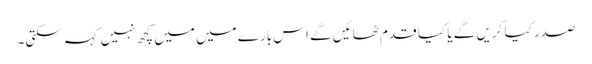
صدر کیا کریں گے یا کیا قدم ٹھائیں گے اس بارے میں میں کچھ نہیں کہہ سکتی۔